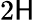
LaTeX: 2\mathsf{H}